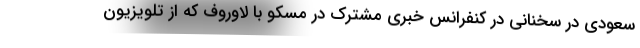
سعودی در سخنانی در کنفرانس خبری مشترک در مسکو با لاوروف که از تلویزیون